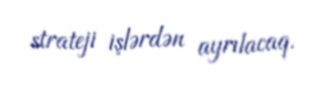
strateji işlərdən ayrılacaq.